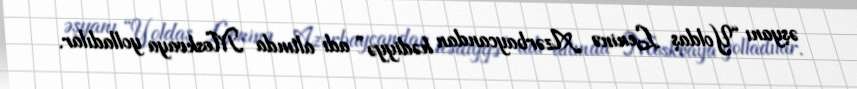
əşyanı “Yoldaş Leninə Azərbaycandan hədiyyə” adı altında Moskvaya yolladılar.